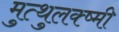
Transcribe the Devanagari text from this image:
मुत्थुलक्ष्मी